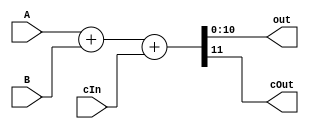
module Summer(input[10:0] A, input[10:0] B , input cIn , output[10:0] out , output cOut);
	assign {cOut,out} = A+B+cIn;
endmodule